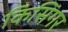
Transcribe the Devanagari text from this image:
किसिंगर